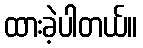
ထားခဲ့ပါတယ်။